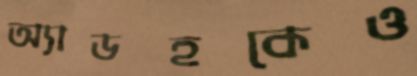
অ্যাডহকেও